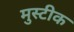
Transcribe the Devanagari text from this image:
मुस्टीक